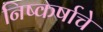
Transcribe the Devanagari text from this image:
निष्कर्षाचे